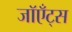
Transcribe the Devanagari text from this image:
जॉएँट्स